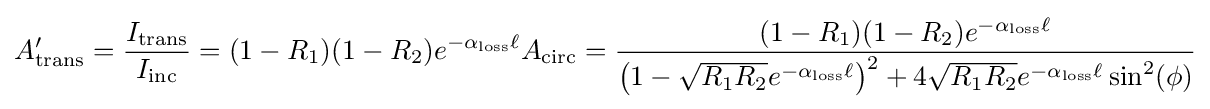
A_{\text{trans}}^{\prime }={\frac {I_{\rm {trans}}}{I_{\rm {inc}}}}=(1-R_{1})(1-R_{2})e^{-\alpha _{\rm {loss}}\ell }A_{\rm {circ}}={\frac {(1-R_{1})(1-R_{2})e^{-\alpha _{\rm {loss}}\ell }}{\left({1-{\sqrt {R_{1}R_{2}}}e^{-\alpha _{\rm {loss}}\ell }}\right)^{2}+4{\sqrt {R_{1}R_{2}}}e^{-\alpha _{\rm {loss}}\ell }\sin ^{2}(\phi )}}